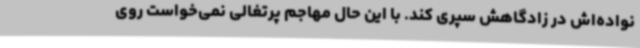
نواده‌اش در زادگاهش سپری کند. با این حال مهاجم پرتغالی نمی‌خواست روی